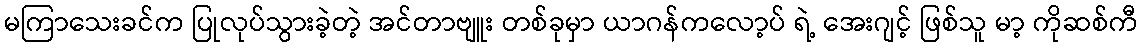
မကြာသေးခင်က ပြုလုပ်သွားခဲ့တဲ့ အင်တာဗျူး တစ်ခုမှာ ယာဂန်ကလော့ပ် ရဲ့ အေးဂျင့် ဖြစ်သူ မာ့ ကိုဆစ်ကီ